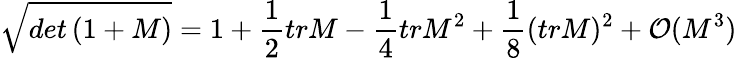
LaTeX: \sqrt{det\left(1+M\right)}=1+\frac{1}{2}trM-\frac{1}{4}trM^{2}+\frac{1}{8}(trM)^{2}+{\cal O}(M^{3})